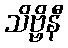
သိဗ္ဗိနီ